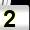
Digit: 2